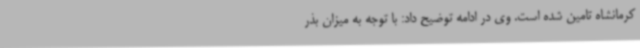
کرمانشاه تامین شده است. وی در ادامه توضیح داد: با توجه به میزان بذر